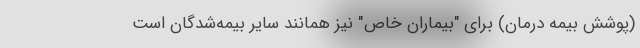
(پوشش بیمه درمان) برای "بیماران خاص" نیز همانند سایر بیمه‌شدگان است